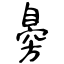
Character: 臱